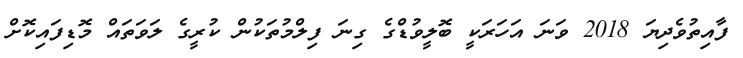
ފާއިތުވެދިޔަ 2018 ވަނަ އަހަރަކީ ބޮލީވުޑްގެ ގިނަ ފިލްމުތަކުން ކުރީގެ ލަވަތައް މޮޑިފައިކޮށް